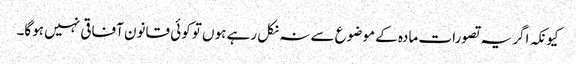
کیونکہ اگر یہ تصورات مادہ کے موضوع سے نہ نکل رہے ہوں تو کوئی قانون آفاقی نہیں ہوگا۔